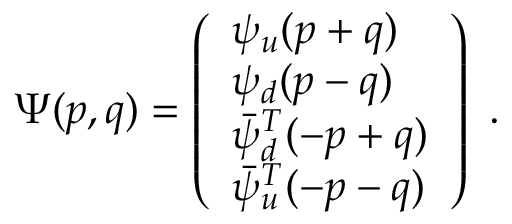
\Psi ( p , q ) = \left( \begin{array} { l } { { \psi _ { u } ( p + q ) } } \\ { { \psi _ { d } ( p - q ) } } \\ { { \bar { \psi } _ { d } ^ { T } ( - p + q ) } } \\ { { \bar { \psi } _ { u } ^ { T } ( - p - q ) } } \end{array} \right) \ .